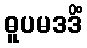
ဓူပမဒဒိံ